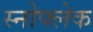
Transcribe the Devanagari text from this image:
स्नोफ्लेक